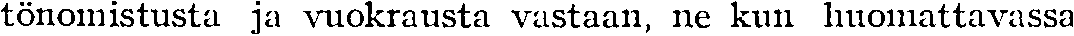
tönomistusta ja vuokrausta vastaan, ne kun huomattavassa